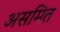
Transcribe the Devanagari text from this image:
असमित